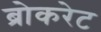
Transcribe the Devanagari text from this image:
ब्रोकरेट